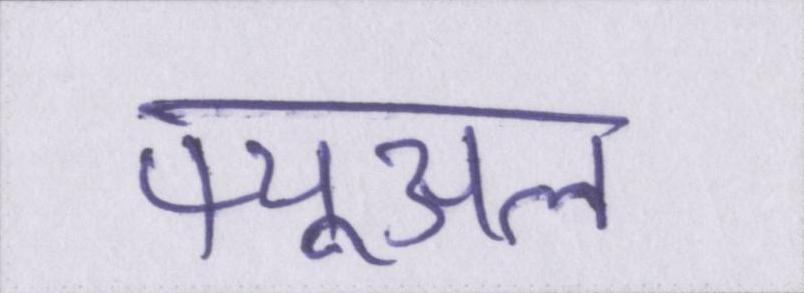
फ्यूअल